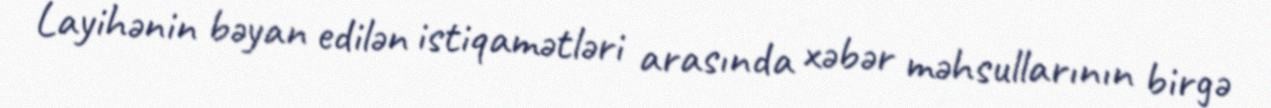
Layihənin bəyan edilən istiqamətləri arasında xəbər məhsullarının birgə